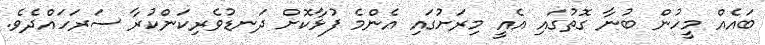
ބައެއް މީހުން ބުނާ ގޮތުގައި އެއީ މިރަށުގައި އެންމެ ފުޅާކޮށް ދަނޑުވެރިކަންކުރާ ސަރަހައްދެވެ.